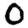
Digit: 0